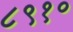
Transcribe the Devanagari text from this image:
८९१०